Vaccination in Bombay 1913-1923 - 1913-1923
Year: 1913
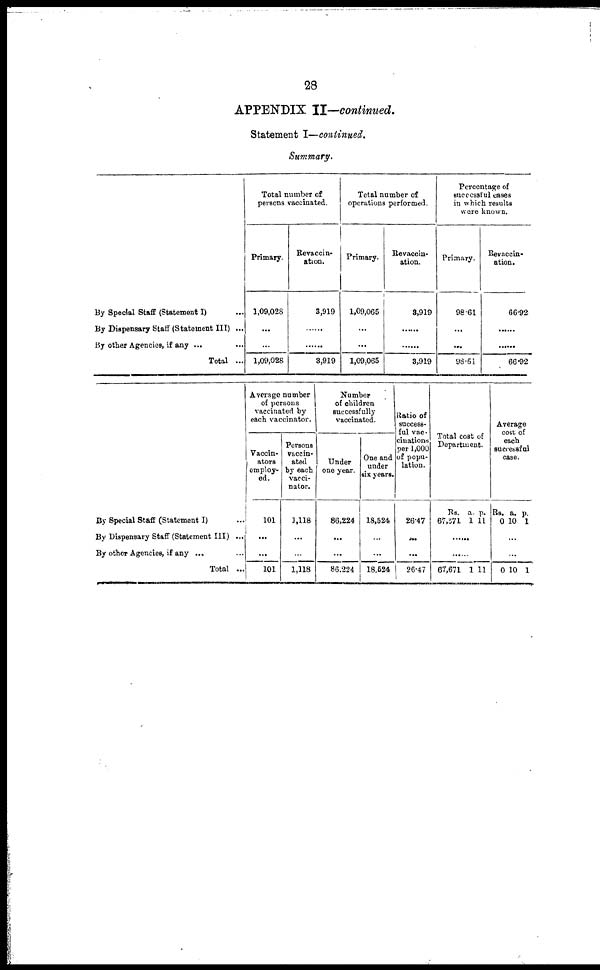
28
APPENDIX II—continued.
Statement I—continued.
Summary.
By Special Staff (Statement I) ...
By Dispensary Staff (Statement III) ...
By other Agencies, if any ... ...
Total ...
Total number of
persons vaccinated.
Primary.
1,09,028
...
...
1,09,028
Revaccin-
ation.
3,919
......
......
3,919
Total number of
operations performed.
Primary.
1,09,065
...
...
1,09,065
Revaccin-
ation.
3,919
......
......
3,919
Percentage of
successful cases
in which results
were known.
Primary.
98.61
...
...
98.61
Revaccin-
ation.
66.92
......
......
66.92
By Special Staff (Statement I) ...
By Dispensary Staff (Statement III) ...
By other Agencies, if any ... ...
Total ...
Average number
of persons
vaccinated by
each vaccinator.
Vaccin-
ators
employ-
ed.
101
...
...
101
Persons
vaccin-
ated
by each
vacci-
nator.
1,118
...
...
1,118
Number
of children
successfully
vaccinated.
Under
one year.
86,224
...
...
86,224
One and
under
six years.
18,524
...
...
18,524
Ratio of
success-
ful vac-
cinations
per 1,000
of popu-
lation.
26.47
...
...
26.47
Total cost of
Department.
Rs.
67,571
a.
1
p.
11
......
......
67,671 1 11
Average
cost of
each
successful
case.
Rs.
0
a.
10
p.
1
...
...
0 10 1